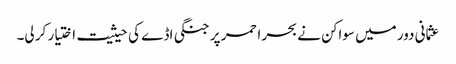
عثمانی دور میں سواکن نے بحر احمر پر جنگی اڈے کی حیثیت اختیار کر لی۔